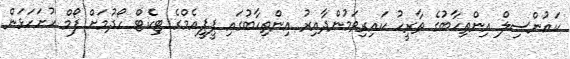
ކައުންސިލް އިންތިހާބުގެ ތާރީހު ކައިރިވަމުންދާއިރު އިންތިހާބުގައި ޕީޕީއެމްގެ ޓިކެޓް ހޯދުމަށް ފޯމް ހުށަހަޅަން